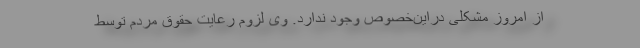
از امروز مشکلی دراین‌خصوص وجود ندارد. وی لزوم رعایت حقوق مردم توسط